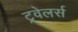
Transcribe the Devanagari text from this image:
ट्रवेलर्स